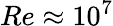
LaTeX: Re\approx 10^{7}